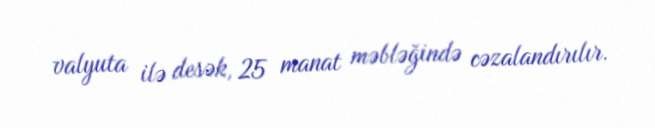
valyuta ilə desək, 25 manat məbləğində cəzalandırılır.